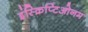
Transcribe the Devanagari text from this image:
इंस्क्रिप्टिओनम